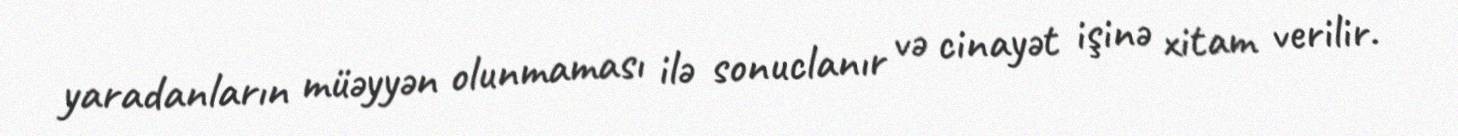
yaradanların müəyyən olunmaması ilə sonuclanır və cinayət işinə xitam verilir.